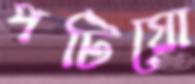
পটিয়ো